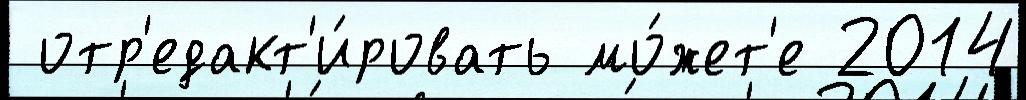
 отр'едакт'и́ровать мо́жет'е 2014